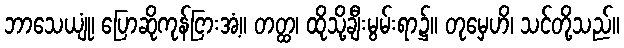
ဘာသေယျုံ၊ ပြောဆိုကုန်ငြားအံ့။ တတ္ထ၊ ထိုသို့ချီးမွမ်းရာ၌။ တုမှေဟိ၊ သင်တို့သည်။